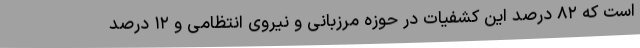
است که ۸۲ درصد این کشفیات در حوزه مرزبانی و نیروی انتظامی و ۱۲ درصد